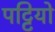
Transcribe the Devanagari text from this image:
पट्टियो